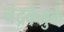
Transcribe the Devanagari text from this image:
चंद्रकेतुके